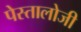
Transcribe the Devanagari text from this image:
पेस्तालोजी